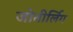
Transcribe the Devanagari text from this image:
जोतीर्लिग